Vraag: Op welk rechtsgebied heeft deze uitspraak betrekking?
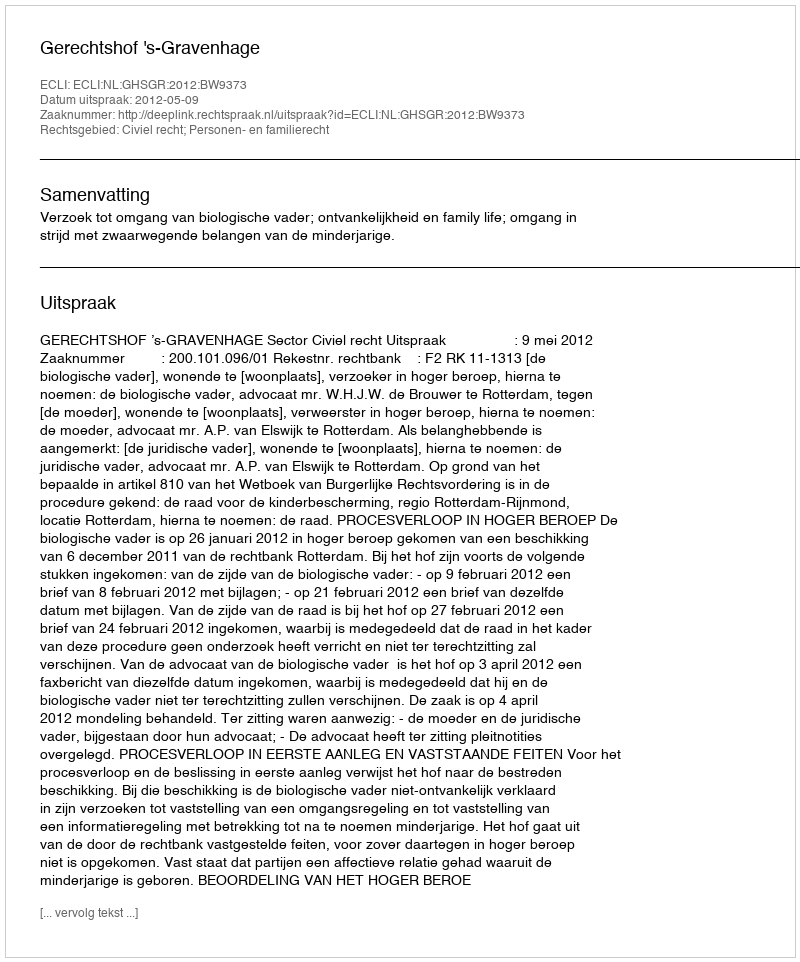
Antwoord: Civiel recht; Personen- en familierecht